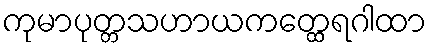
ကုမာပုတ္တသဟာယကတ္ထေရဂါထာ